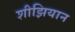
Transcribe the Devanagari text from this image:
शीझियान